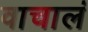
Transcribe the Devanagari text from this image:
वाचालं